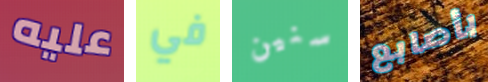
عليه في سنين بأصابع